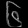
Digit: ၆